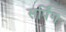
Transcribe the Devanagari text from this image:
सर्पिंग